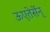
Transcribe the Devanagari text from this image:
ऊएतेर्सेन्